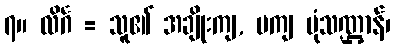
၇။ လိင်္ဂ = သူ၏ အချိုးကျ, မကျ ပုံသဏ္ဌာန်၊